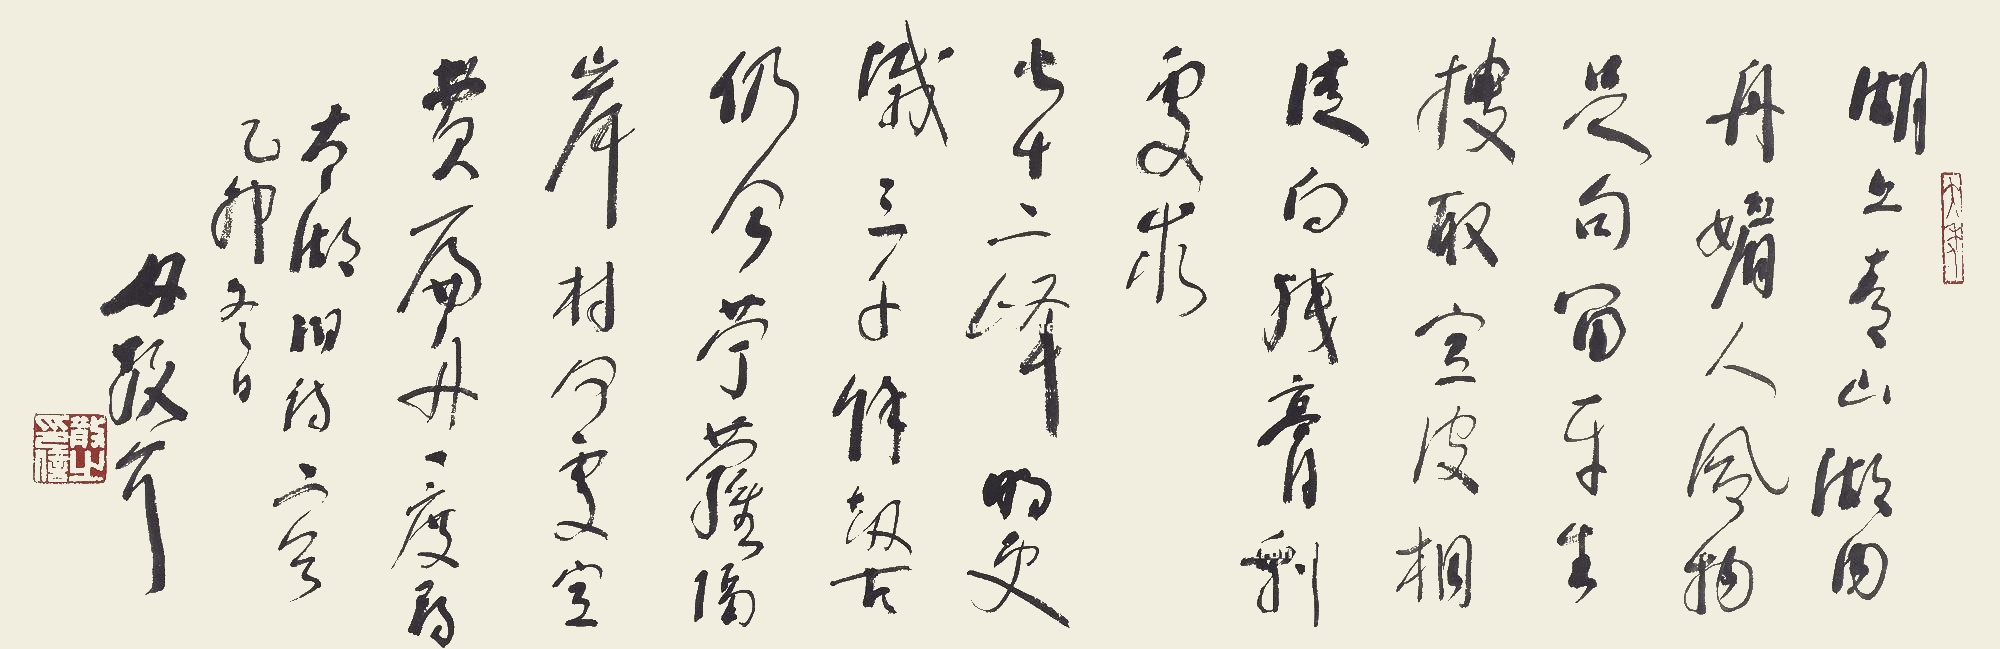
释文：湖上青山湖内舟，媚人风物足句留。平生搜取空皮相，徒向残膏剩处求。七十二峰明更灭，三千余劫古仍今。苎萝隔岸村何处，空费扁舟一度寻。《太湖旧诗》二首，乙卯冬日，林散耳。